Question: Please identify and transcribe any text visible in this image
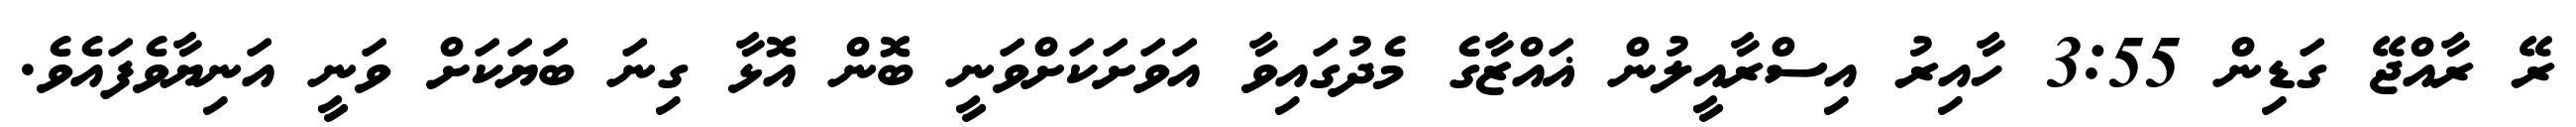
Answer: ރޭ ރާއްޖޭ ގަޑިން 3:55 ހާއިރު އިސްރާއީލުން ޣައްޒާގެ މެދުގައިވާ އަވަށަކަށްވަނީ ބޮން އޮޅާ ގިނަ ބަޔަކަށް ވަނީ އަނިޔާވެފައެވެ.